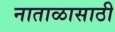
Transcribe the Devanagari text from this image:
नाताळासाठी